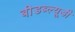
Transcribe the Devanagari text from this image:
बीडब्ल्यूडी